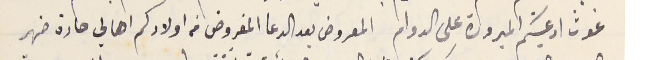
غوث ادعيتكم المبرورة على الدوام المعروض بعد الدعا المفروض من اولادكم اهالي حارة ضهر